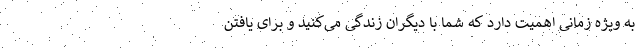
به ویژه زمانی اهمیت دارد که شما با دیگران زندگی می‌کنید و برای یافتن